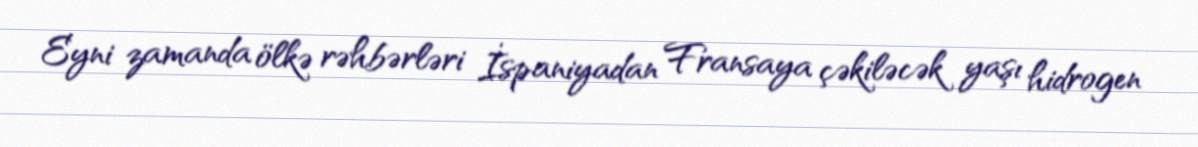
Eyni zamanda ölkə rəhbərləri İspaniyadan Fransaya çəkiləcək yaşı hidrogen